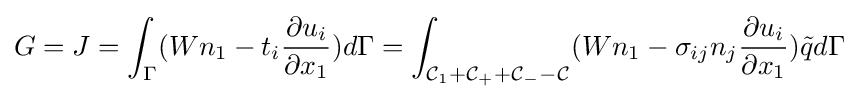
G=J=\int _{\Gamma }(Wn_{1}-t_{i}{\frac {\partial u_{i}}{\partial x_{1}}})d\Gamma =\int _{{\mathcal {C}}_{1}+{\mathcal {C}}_{+}+{\mathcal {C}}_{-}-{\mathcal {C}}}(Wn_{1}-\sigma _{ij}n_{j}{\frac {\partial u_{i}}{\partial x_{1}}}){\tilde {q}}d\Gamma